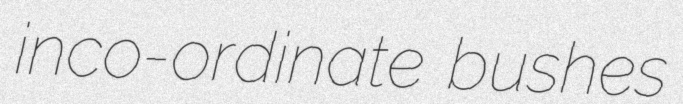
inco-ordinate bushes